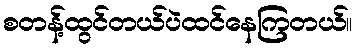
စတန့်ထွင်တယ်ပဲထင်နေကြတယ်။